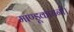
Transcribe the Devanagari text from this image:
माण्डूकायनी।